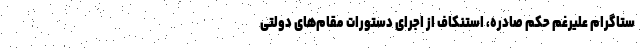
ستاگرام علیرغم حکم صادره، استنکاف از اجرای دستورات مقام‌های دولتی